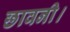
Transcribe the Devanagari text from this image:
छावनी।